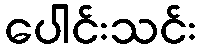
ပေါင်းသင်း